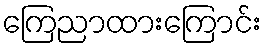
ကြေညာထားကြောင်း